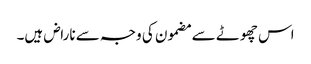
اس چھوٹے سے مضمون کی وجہ سے ناراض ہیں۔